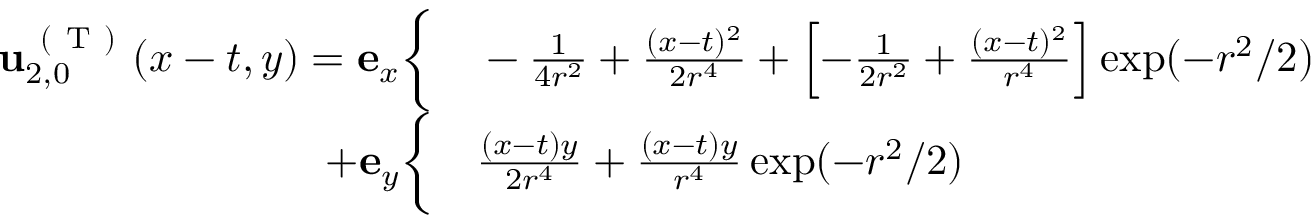
\begin{array} { r l } { \mathbf { u } _ { 2 , 0 } ^ { \mathrm { ~ ( ~ T ~ ) ~ } } ( x - t , y ) = \mathbf { e } _ { x } \bigg \{ } & { { } - \frac { 1 } { 4 r ^ { 2 } } + \frac { ( x - t ) ^ { 2 } } { 2 r ^ { 4 } } + \left[ - \frac { 1 } { 2 r ^ { 2 } } + \frac { ( x - t ) ^ { 2 } } { r ^ { 4 } } \right] \exp ( - r ^ { 2 } / 2 ) } \\ { + \mathbf { e } _ { y } \bigg \{ } & { { } \frac { ( x - t ) y } { 2 r ^ { 4 } } + \frac { ( x - t ) y } { r ^ { 4 } } \exp ( - r ^ { 2 } / 2 ) } \end{array}